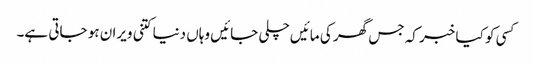
کسی کو کیا خبر کہ جس گھر کی مائیں چلی جائیں وہاں دنیا کتنی ویران ہو جاتی ہے۔